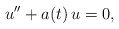
\begin{align*} u''+a(t)\,u=0,\end{align*}